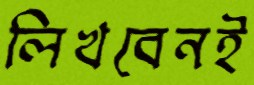
লিখবেনই